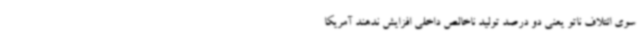
سوی ائتلاف ناتو یعنی دو درصد تولید ناخالص داخلی افزایش ندهند آمریکا